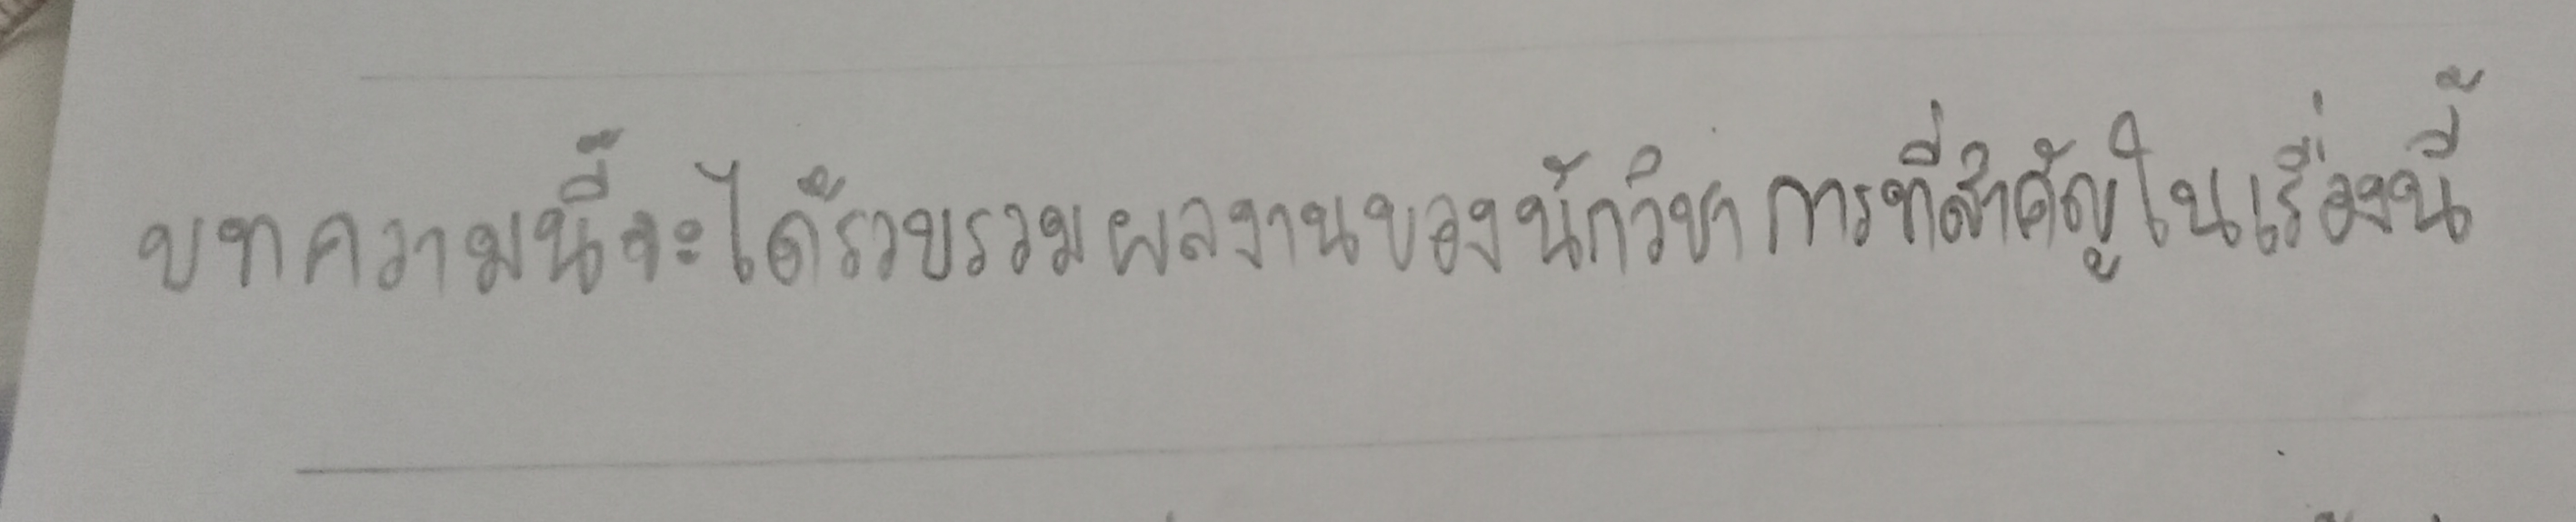
บทความนี้จะได้รวบรวมผลงานของนักวิชาการที่สำคัญในเรื่องนี้